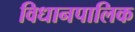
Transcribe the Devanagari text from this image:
विधानपालिक